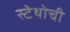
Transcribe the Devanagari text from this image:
स्टेथोची